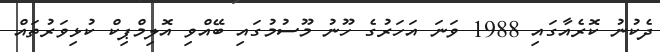
ދެކުނު ކޮރެއާގައި 1988 ވަނަ އަހަރުގެ ހޫނު މޫސުމުގައި ބޭއްވި އޮލިމްޕިކް ކުޅިވަރުތައް